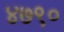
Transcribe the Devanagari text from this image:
४७९०